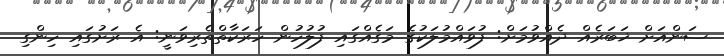
ސަންއަށް ޚަބަރެއް ދެއްވުމަށް: ފުވައްމުލަކުގެ މަގެއްގައި ފުލުހުން ހަރަކާތްތެރިވަނީ: އެ ރަށުގައި ހިންގި